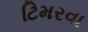
ટિમરવા